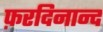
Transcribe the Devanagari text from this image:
फ़रदिनान्द